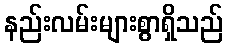
နည်းလမ်းများစွာရှိသည်